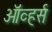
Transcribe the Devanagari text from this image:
ऑव्हर्स